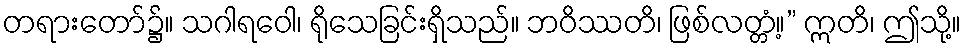
တရားတော်၌။ သဂါရဝေါ၊ ရိုသေခြင်းရှိသည်။ ဘဝိဿတိ၊ ဖြစ်လတ္တံ့။” ဣတိ၊ ဤသို့။